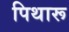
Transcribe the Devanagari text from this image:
पिथारू